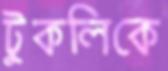
টুকলিকে